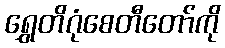
ရွှေတိဂုံစေတီတော်ကို